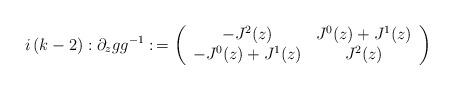
LaTeX: \begin{align*}i\left( k-2\right) :\partial _zgg^{-1}:\,=\left(\begin{array}{cc}-J^2(z) & J^0(z)+J^1(z) \\-J^0(z)+J^1(z) & J^2(z)\end{array}\right) \end{align*}